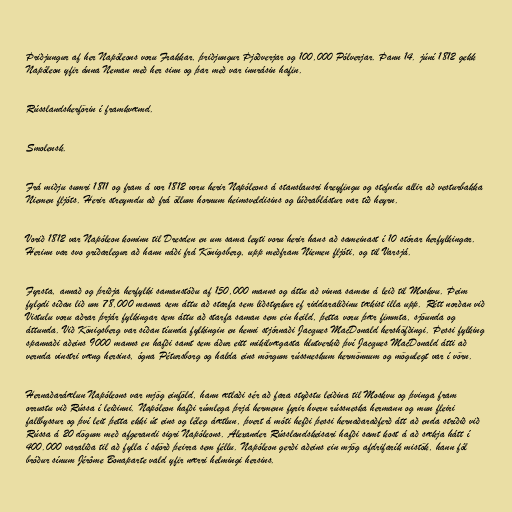
Þriðjungur af her Napóleons voru Frakkar, þriðjungur Þjóðverjar og 100,000 Pólverjar. Þann 14. júní 1812 gekk
Napóleon yfir ánna Neman með her sinn og þar með var innrásin hafin.

Rússlandsherförin í framkvæmd.

Smolensk.

Frá miðju sumri 1811 og fram á vor 1812 voru herir Napóleons á stanslausri hreyfingu og stefndu allir að vesturbakka
Niemen fljóts. Herir streymdu að frá öllum hornum heimsveldisins og lúðrablástur var tíð heyrn.

Vorið 1812 var Napóleon kominn til Dresden en um sama leyti voru herir hans að sameinast í 10 stórar herfylkingar.
Herinn var svo gríðarlegur að hann náði frá Königsberg, upp meðfram Niemen fljóti, og til Varsjá.

Fyrsta, annað og þriðja herfylki samanstóðu af 150,000 manns og áttu að vinna saman á leið til Moskvu. Þeim
fylgdi síðan lið um 78,000 manna sem áttu að starfa sem liðstyrkur ef riddaraliðinu tækist illa upp. Rétt norðan við
Vistulu voru aðrar þrjár fylkingar sem áttu að starfa saman sem ein heild, þetta voru þær fimmta, sjöunda og
áttunda. Við Königsberg var síðan tíunda fylkingin en henni stjórnaði Jacques MacDonald hershöfðingi. Þessi fylking
spannaði aðeins 9000 manns en hafði samt sem áður eitt mikilvægasta hlutverkið því Jacques MacDonald átti að
vernda vinstri væng hersins, ógna Pétursborg og halda eins mörgum rússneskum hermönnum og mögulegt var í vörn.

Hernaðaráælun Napóleons var mjög einföld, hann ætlaði sér að fara styðstu leiðina til Moskvu og þvinga fram
orrustu við Rússa í leiðinni. Napóleon hafði rúmlega þrjá hermenn fyrir hvern rússneska hermann og mun fleiri
fallbyssur og því leit þetta ekki út eins og léleg áætlun, þvert á móti hefði þessi hernaðaraðferð átt að enda stríðið við
Rússa á 20 dögum með afgerandi sigri Napóleons. Alexander Rússlandskeisari hafði samt kost á að sækja hátt í
400.000 varaliða til að fylla í skörð þeirra sem féllu. Napóleon gerði aðeins ein mjög afdrifarík mistök, hann fól
bróður sínum Jérôme Bonaparte vald yfir nærri helmingi hersins.